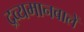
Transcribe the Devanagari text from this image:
द्रव्यमानवालें